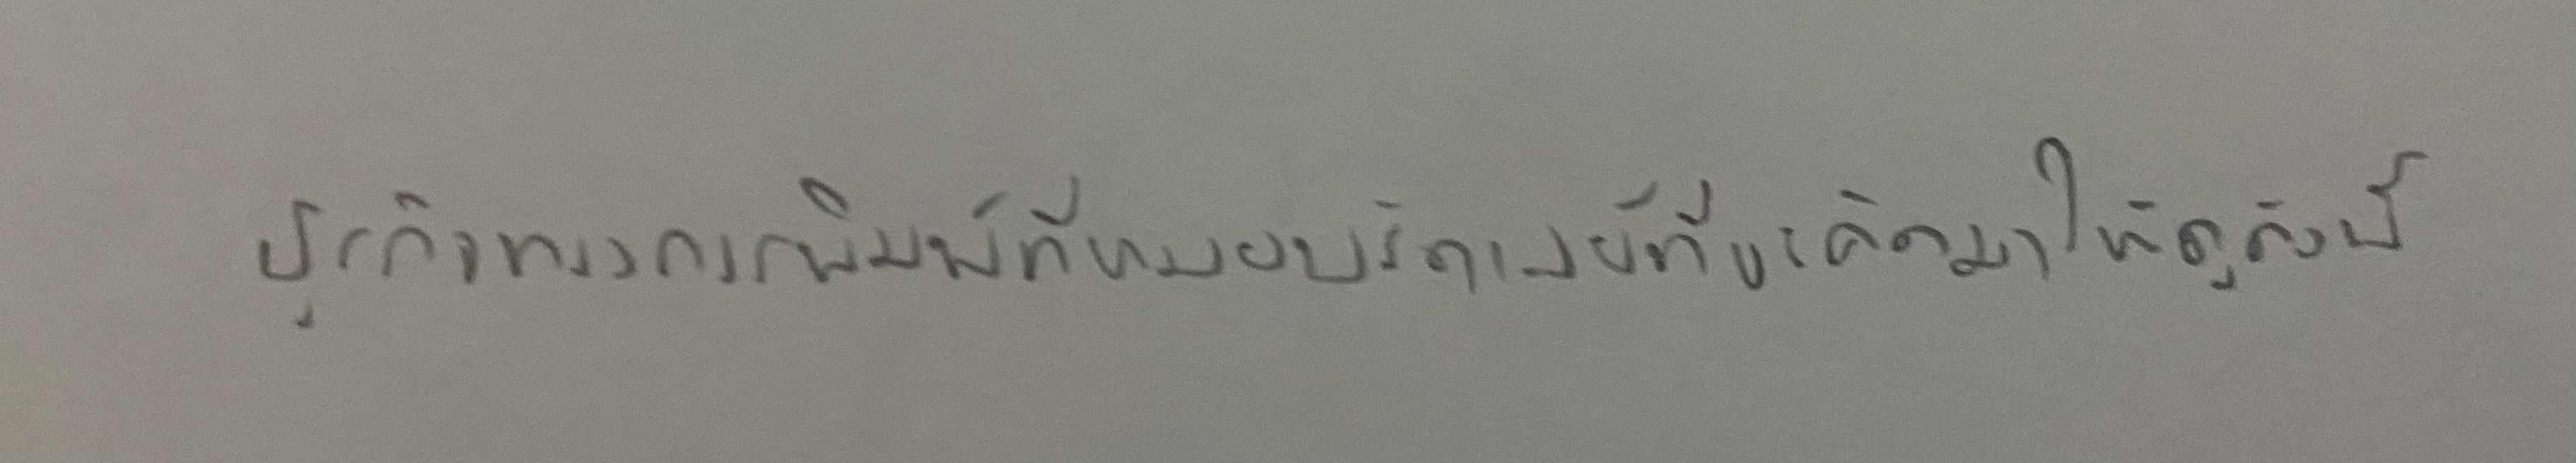
ธุรกิจทางการพิมพ์ที่หมอบรัดเลย์ที่จะคัดมาให้ดูดังนี้